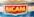
sicam